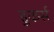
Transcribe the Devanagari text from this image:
हुकर्स